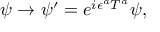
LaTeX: \psi \rightarrow \psi ^ { \prime } = e ^ { i \epsilon ^ { a } T ^ { a } } \psi ,